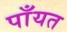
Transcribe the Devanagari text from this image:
पाँयत